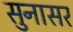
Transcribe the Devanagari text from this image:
सुनासर